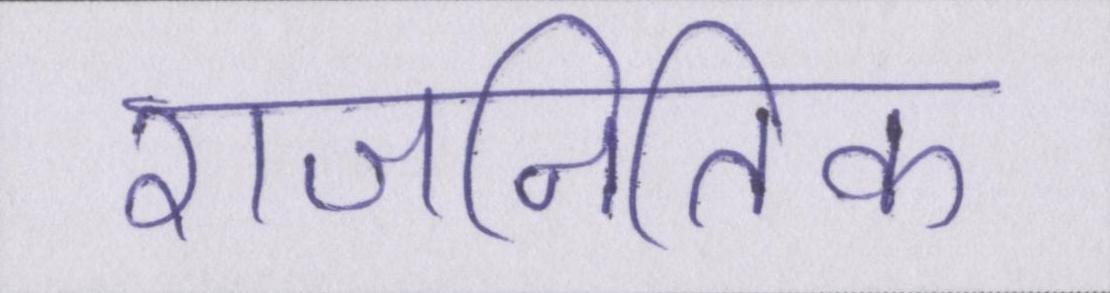
राजनितिक